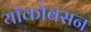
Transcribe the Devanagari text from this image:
यॉकोबसन